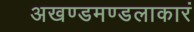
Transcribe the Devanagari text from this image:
अखण्डमण्डलाकारं